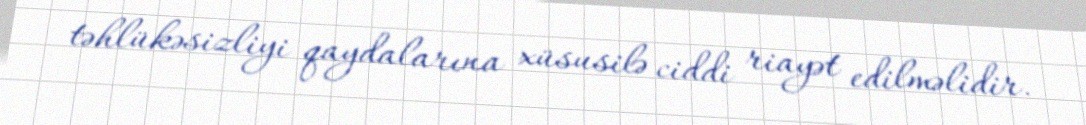
təhlükəsizliyi qaydalarına xüsusilə ciddi riayət edilməlidir.